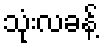
သုံးလခန့်